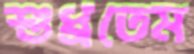
শুধ্‌রতেম